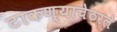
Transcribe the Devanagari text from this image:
टाकण्याचेठरले